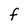
Character: F